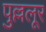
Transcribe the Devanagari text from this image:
पुल्ललूर